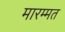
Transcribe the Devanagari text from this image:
मारम्मत